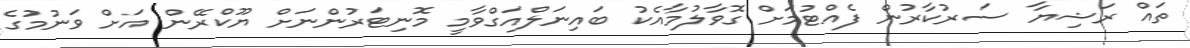
ތައް ރަޝިޔާ ސަރުކާރުން ފެއްޓުމަށް ގޮވާލުމާއެކު ބައިނަލްއަގްވާމީ މޮނިޓަރުންނަށް ޔޫކްރޭން އަށް ވަނުމުގެ